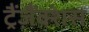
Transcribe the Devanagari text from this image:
ट्रैंज़ैंक्शंस